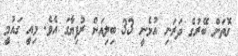
ގޮތަށް ބޭރުގެ ދަރަނި އުޅެނީ 33 ބިލިއަން ރުފިޔާގަ އެވެ. މިއީ ގައުމީ